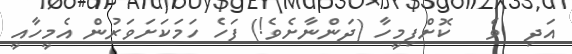
އަދި  ވެ   ކޮށްފިމީހާ (ދަންނާށެވެ!) ފަހެ ހަމަކަށަވަރުން އެމީހާއީ